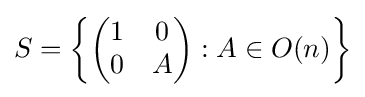
S=\left\{{\begin{pmatrix}1&0\\0&A\\\end{pmatrix}}:A\in O(n)\right\}